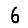
Digit: 6